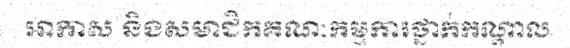
អាកាស និងសមាជិកគណៈកម្មការថ្នាក់កណ្តាល